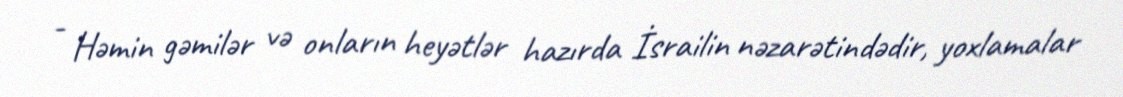
- Həmin gəmilər və onların heyətlər hazırda İsrailin nəzarətindədir, yoxlamalar